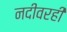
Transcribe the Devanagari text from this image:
नदीवरही